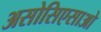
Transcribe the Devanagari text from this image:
असोसिएसाओ